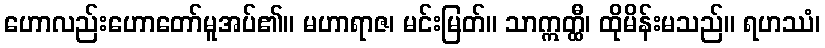
ဟောလည်းဟောတော်မူအပ်၏။ မဟာရာဇ၊ မင်းမြတ်။ သာဣတ္ထီ၊ ထိုမိန်းမသည်။ ရဟဿံ၊